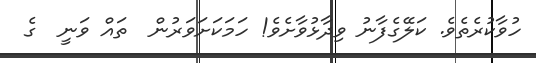
ހުވާކުރެތެވެ. ކަލޭގެފާނު ވިދާޅުވާށެވެ! ހަމަކަށަވަރުން  ތައް ވަނީ  ގެ